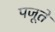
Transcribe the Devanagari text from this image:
पजूते